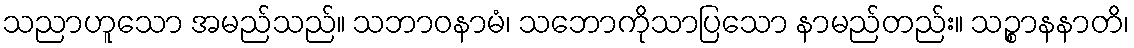
သညာဟူသော အမည်သည်။ သဘာဝနာမံ၊ သဘောကိုသာပြသော နာမည်တည်း။ သဉ္စာနနာတိ၊